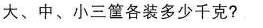
大、中、小三筐各装多少千克?